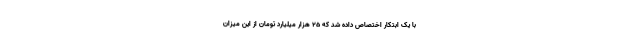
با یک ابتکار اختصاص داده شد که ۲۵ هزار میلیارد تومان از این میزان